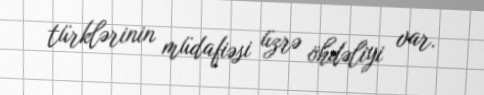
türklərinin müdafiəsi üzrə öhdəliyi var.